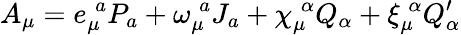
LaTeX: A_{\mu}=e_{\mu}^{\; a}P_{a}+\omega_{\mu}^{\; a}J_{a}+\chi_{\mu}^{\; \alpha}Q_{\alpha}+\xi_{\mu}^{\; \alpha}Q_{\alpha}^{\prime}